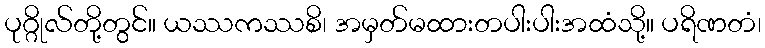
ပုဂ္ဂိုလ်တို့တွင်။ ယဿကဿစိ၊ အမှတ်မထားတပါးပါးအထံသို့။ ပရိဏတံ၊